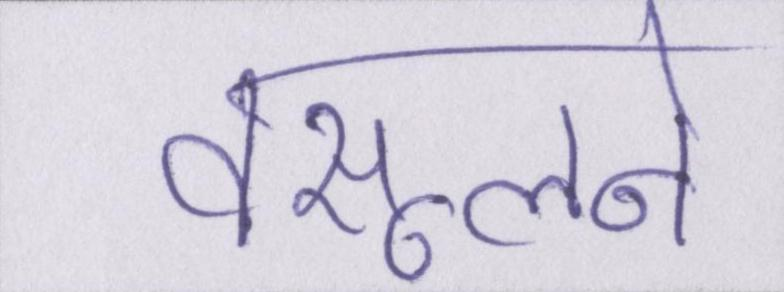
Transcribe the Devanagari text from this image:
वसूलने